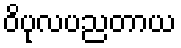
ဝိပုလပညတာယ